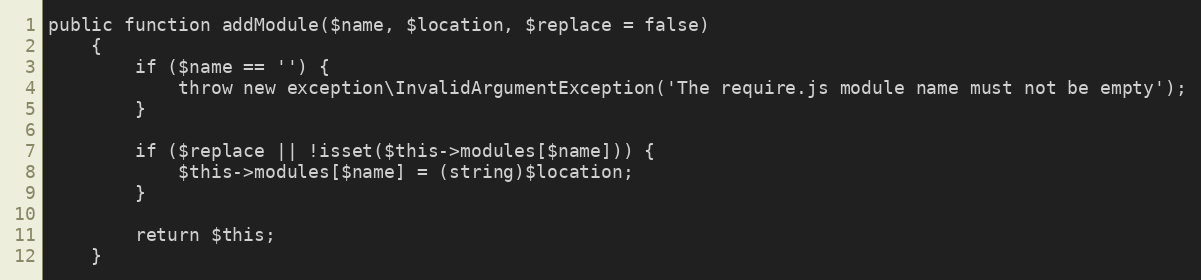
Language: PHP
public function addModule($name, $location, $replace = false)
    {
        if ($name == '') {
            throw new exception\InvalidArgumentException('The require.js module name must not be empty');
        }

        if ($replace || !isset($this->modules[$name])) {
            $this->modules[$name] = (string)$location;
        }

        return $this;
    }